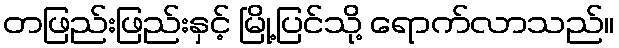
တဖြည်းဖြည်းနှင့် မြို့ပြင်သို့ ရောက်လာသည်။